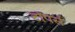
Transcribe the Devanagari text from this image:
टॉपर्स